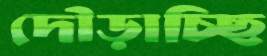
দৌড়াচ্ছি